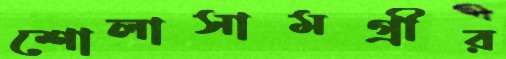
শোলাসামগ্রীর